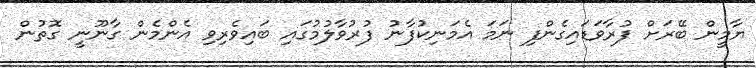
ޔާމީން ބޭރަށް ފުރާވަޑައިގެންފި ނަމަ އެމަނިކުފާނު ފުރުވާލުމުގައި ބައިވެރިވި އެންމެން ގާނޫނީ ގޮތުން